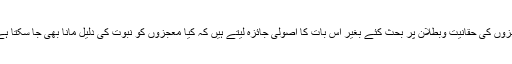
ہم ان معجزوں کی حقانیت وبطلان پر بحث کئے بغیر اس بات کا اصولی جائزہ لیتے ہیں کہ کیا معجزوں کو نبوت کی دلیل مانا بھی جا سکتا ہے یا نہیں؟